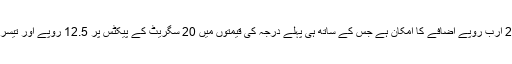
حکومت کے اس اقدام سے حکومتی آمدن میں 26 ارب روپے اضافے کا امکان ہے جس کے ساتھ ہی پہلے درجہ کی قیمتوں میں 20 سگریٹ کے پیکٹس پر 12.5 روپے اور تیسرے درجے میں 11 روپے بڑھنے کا امکان ہے۔